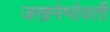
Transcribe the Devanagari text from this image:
जखमेभोवती